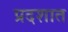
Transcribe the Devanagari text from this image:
प्रदशात